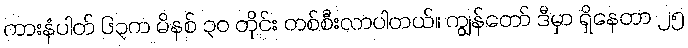
ကားနံပါတ် ၆၃က မိနစ် ၃၀ တိုင်း တစ်စီးလာပါတယ်။ ကျွန်တော် ဒီမှာ ရှိနေတာ ၂၅